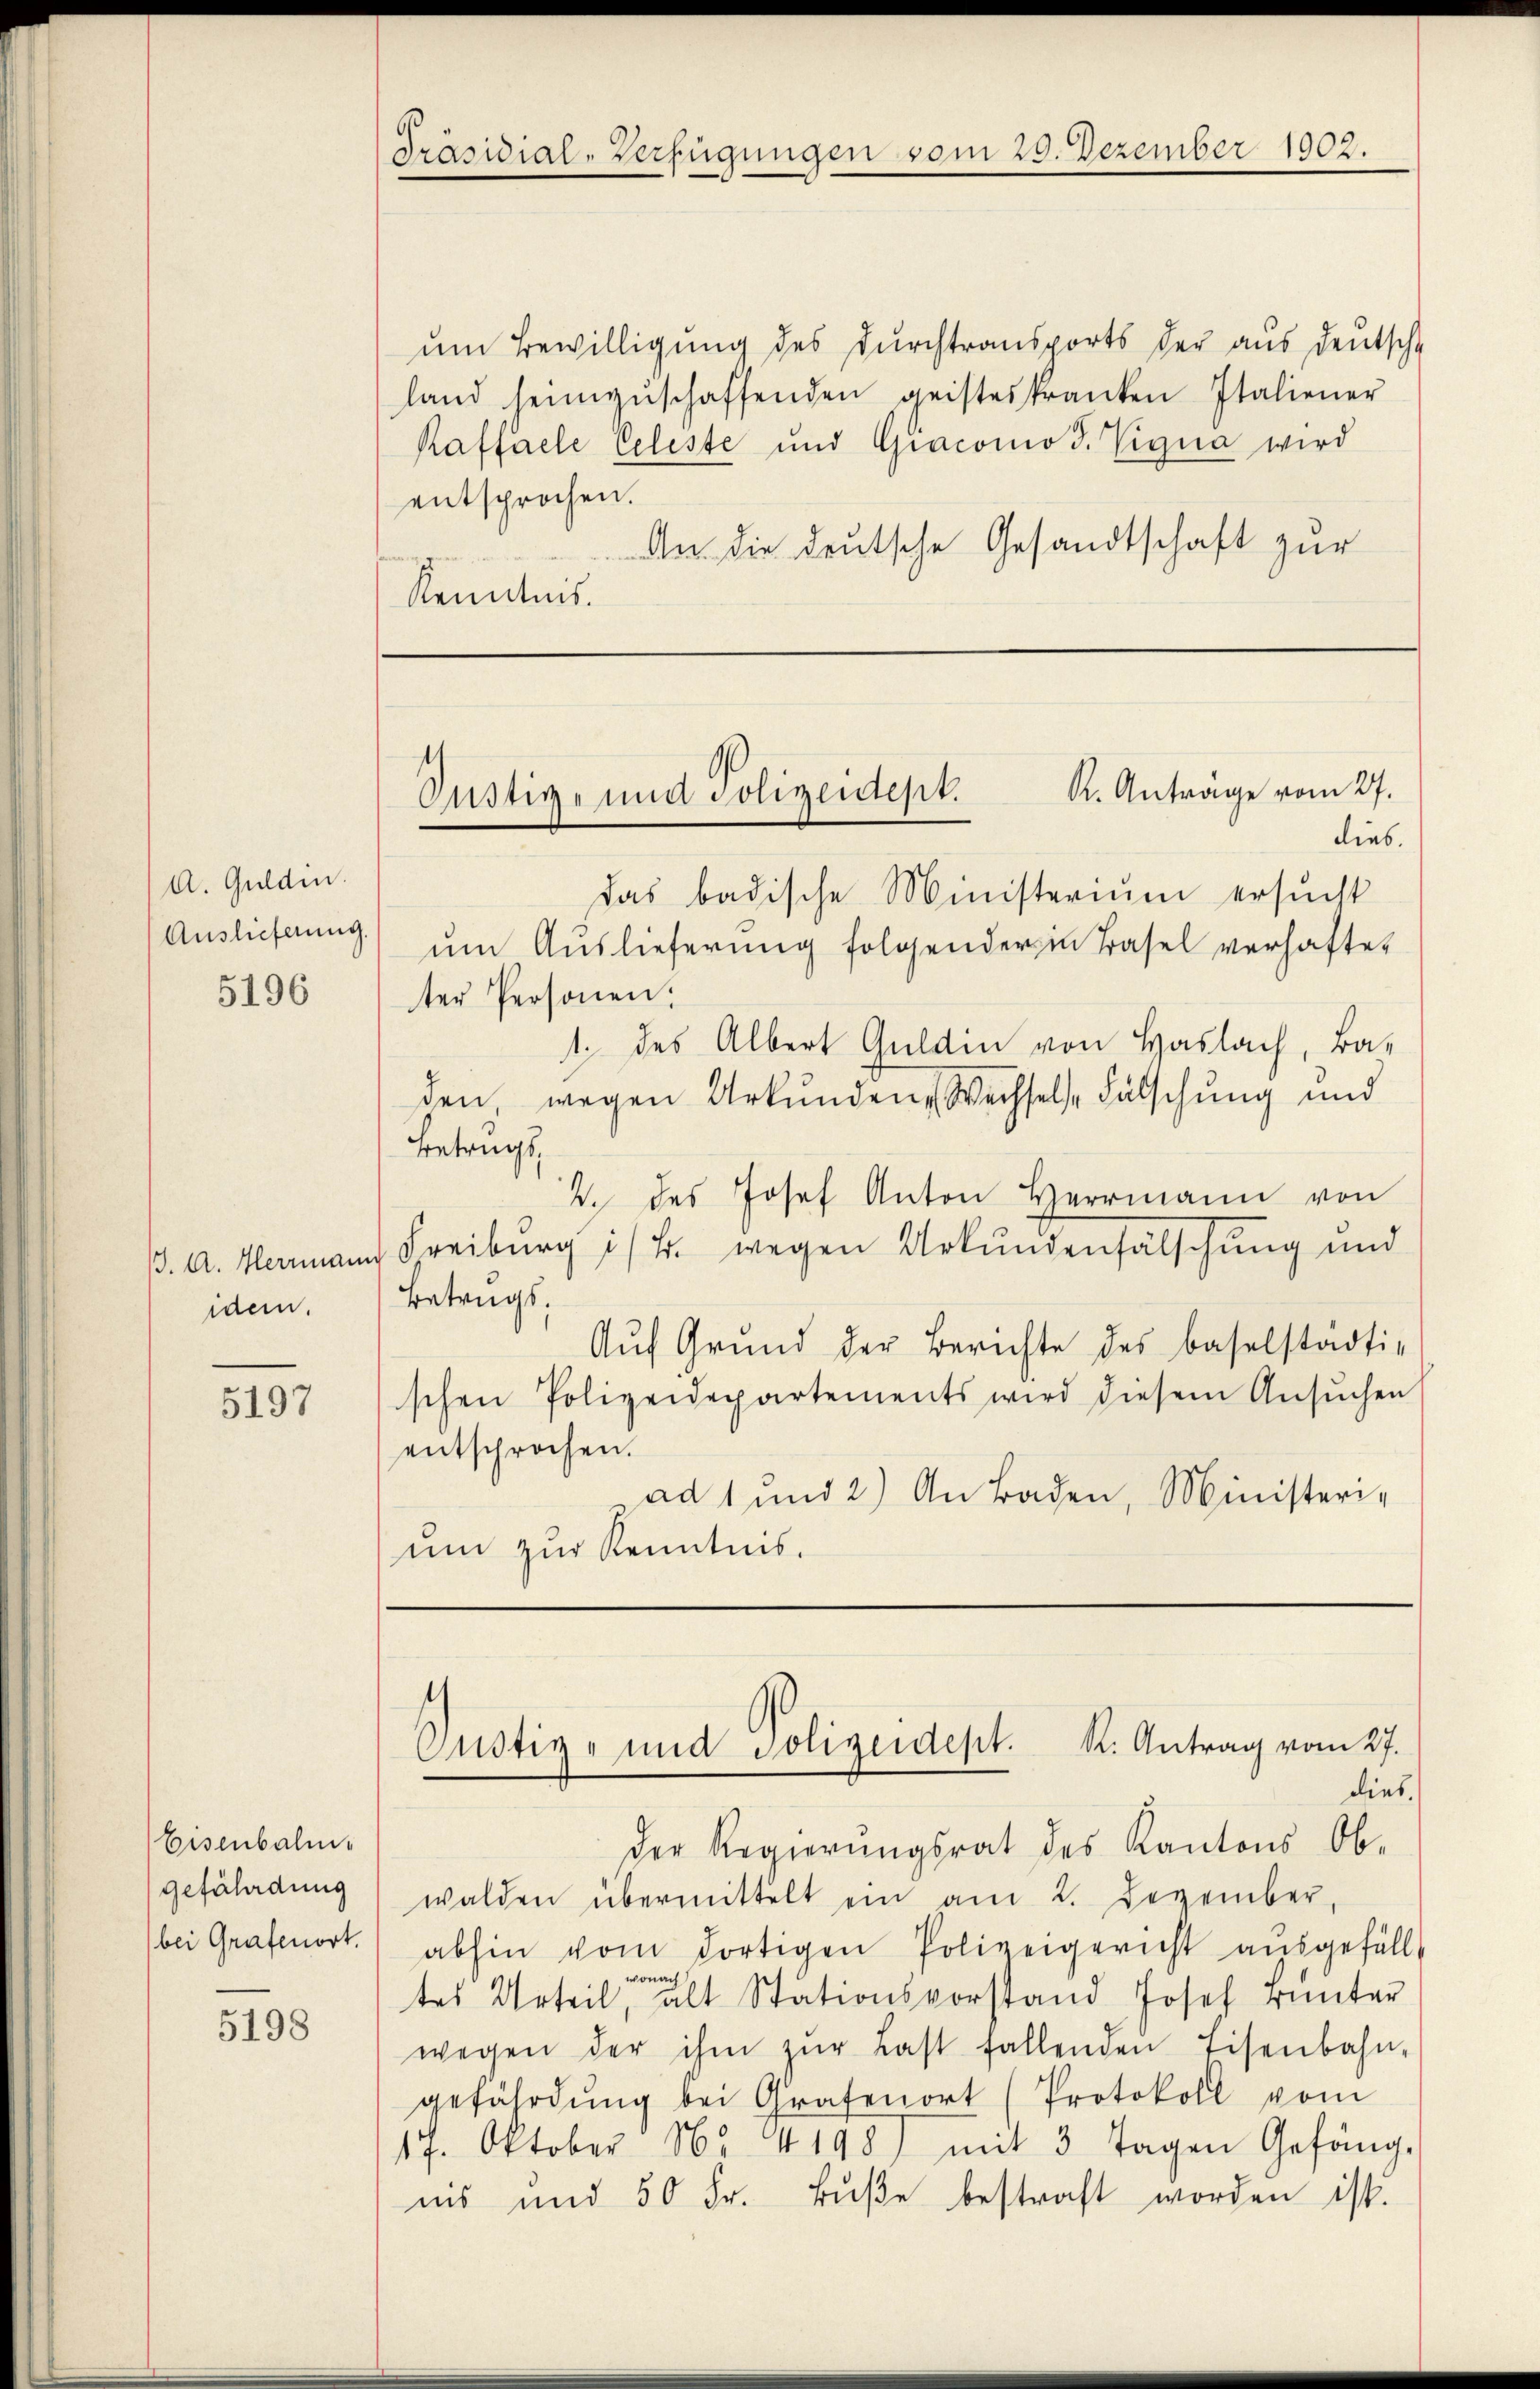
A. Guldin.

5196

idem.

5197

Eisenbalmis
gefährdung
bei Grafenort.

5198

um Bewilligung des Durchtransports der aus deutsche
land heimzŭschaffenden geisteskranken Italiener
Kaffalle Celeste und Gracomod. Vigna wird
entsprochen.
An die deutsche Gesandtschaft zur
Kenntnis.

Präsidial-Verfügungen

vom 29. Dezember 1902.

s
K. Anträge vom 27.
Oustiz- und Polizeidept.
dies.

Das badische Ministerium ersucht
Auslieferŭng ŭm Aŭslieferŭng folgender in Basel verhaftet
ter Personen.
1. des Albert Guldin von Haslach, Ba-
den, wegen Urkunden Wechsele Fälschung und
Betrugs,
2. des Josef Anton Herrmann von
. A. Hermann Freiburg i/B. wegen Urkundenfälschung und
Betrugs,
Aŭf Grund der Berichte des baselstädti-
schen Polizeidepartements wird diesem Ansŭchen
entsprochen.
ad 1 und 2) An Baden, Ministerium zur Kenntnis.

Custiz- und Polizeidept. K. Antrag vom 27.
dies

der Regierungsrat des Kantons Ob-
walden übermittelt ein am 2. Dezember,
abhin vom dortigen Polizeigericht aŭsgefällt
wonach
tes Urteil, alt Stationsvorstand Josef Bunter
wegen der ihm zŭr Last fallenden Eisenbahn-
gefährdŭng bei Grafenort (Protokoll vom
17. Oktober No 4198, mit 3 Tagen Gefäng-
nis und 50 Fr. Buße bestraft worden ist.